Vaccination in Bombay 1889-1901 - 1889-1901
Year: 1889
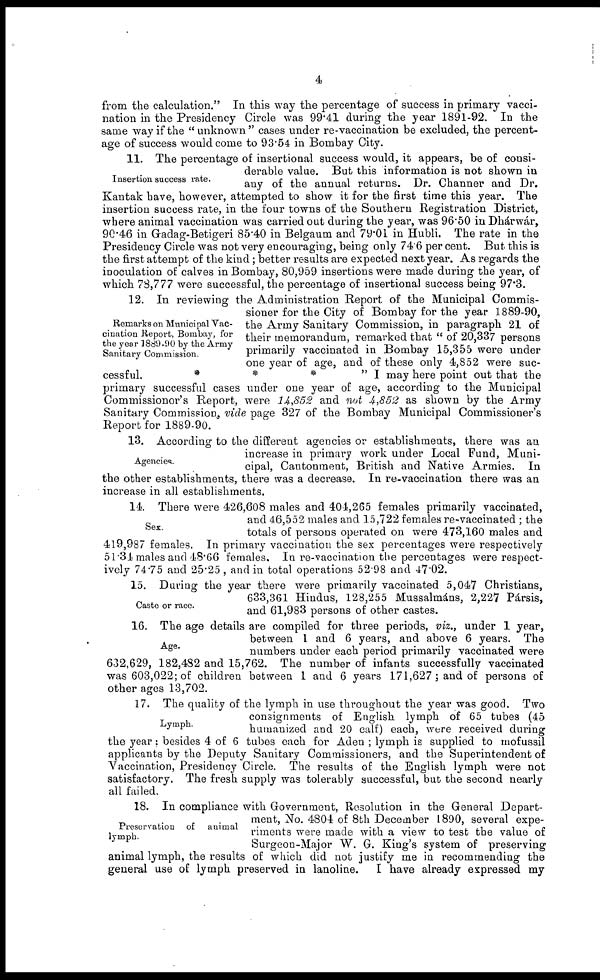
4
from the calculation." In this way the percentage of success in primary vacci-
nation in the Presidency Circle was 99.41 during the year 1891-92. In the
same way if the "unknown" cases under re-vaccination be excluded, the percent-
age of success would come to 93.54 in Bombay City.
Insertion success rate.
11. The percentage of insertional success would, it appears, be of consi-
derable value. But this information is not shown in
any of the annual returns. Dr. Channer and Dr.
Kantak have, however, attempted to show it for the first time this year. The
insertion success rate, in the four towns of the Southern Registration District,
where animal vaccination was carried out during the year, was 96.50 in Dhárwár,
90.46 in Gadag-Betigeri 85.40 in Belgaum and 79.01 in Hubli. The rate in the
Presidency Circle was not very encouraging, being only 74.6 per cent. But this is
the first attempt of the kind; better results are expected next year. As regards the
inoculation of calves in Bombay, 80,959 insertions were made during the year, of
which 78,777 were successful, the percentage of insertional success being 97.3.
Remarks on Municipal Vac-
cination Report, Bombay, for
the year 1889-90 by the Army
Sanitary Commission.
12. In reviewing the Administration Report of the Municipal Commis-
sioner for the City of Bombay for the year 1889-90,
the Army Sanitary Commission, in paragraph 21 of
their memorandum, remarked that " of 20,337 persons
primarily vaccinated in Bombay 15,355 were under
one year of age, and of these only 4,852 were suc-
cessful.
*
*
*
"I may here point out that the
primary successful cases under one year of age, according to the Municipal
Commissioner's Report, were 14,852 and not 4,852 as shown by the Army
Sanitary Commission., vide page 327 of the Bombay Municipal Commissioner's
Report for 1889-90.
Agencies.
13. According to the different agencies or establishments, there was an
increase in primary work under Local Fund, Muni-
cipal, Cantonment, British and Native Armies. In
the other establishments, there was a decrease. In re-vaccination there was an
increase in all establishments.
Sex.
14. There were 426,608 males and 404,265 females primarily vaccinated,
and 46,552 males and 15,722 females re-vaccinated ; the
totals of persons operated on were 473,160 males and
419,987 females. In primary vaccination the sex percentages were respectively
51.34 males and 48.66 females. In re-vaccination the percentages were respect-
ively 74.75 and 25.25, and in total operations 52.98 and 47.02.
Caste or race.
15. During the year there were primarily vaccinated 5,047 Christians,
633,361 Hindus, 128,255 Mussalmáns, 2,227 Pársis,
and 61,983 persons of other castes.
Age.
16. The age details are compiled for three periods, viz., under 1 year,
between 1 and 6 years, and above 6 years. The
numbers under each period primarily vaccinated were
632,629, 182,482 and 15,762. The number of infants successfully vaccinated
was 603,022; of children between 1 and 6 years 171,627 ; and of persons of
other ages 13,702.
Lymph.
17. The quality of the lymph in use throughout the year was good. Two
consignments of English lymph of 65 tubes (45
humanized and 20 calf) each, were received during
the year; besides 4 of 6 tubes each for Aden ; lymph is supplied to mofussil
applicants by the Deputy Sanitary Commissioners, and the Superintendent of
Vaccination, Presidency Circle. The results of the English lymph were not
satisfactory. The fresh supply was tolerably successful, but the second nearly
all failed.
Preservation of
animal
lymph.
18. In compliance with Government, Resolution in the General Depart-
ment, No. 4804 of 8th December 1890, several expe-
riments were made with a view to test the value of
Surgeon-Major W. G. King's system of preserving
animal lymph, the results of which did not justify me in recommending the
general use of lymph preserved in lanoline.
I have already expressed my